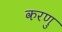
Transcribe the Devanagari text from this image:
करणु